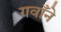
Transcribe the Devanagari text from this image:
गवाँने